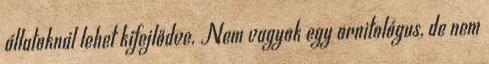
állatoknál lehet kifejlődve. Nem vagyok egy ornitológus, de nem